Plague in India, 1896, 1897 - Volume 2
Year: 1896
Disease focus: Plague
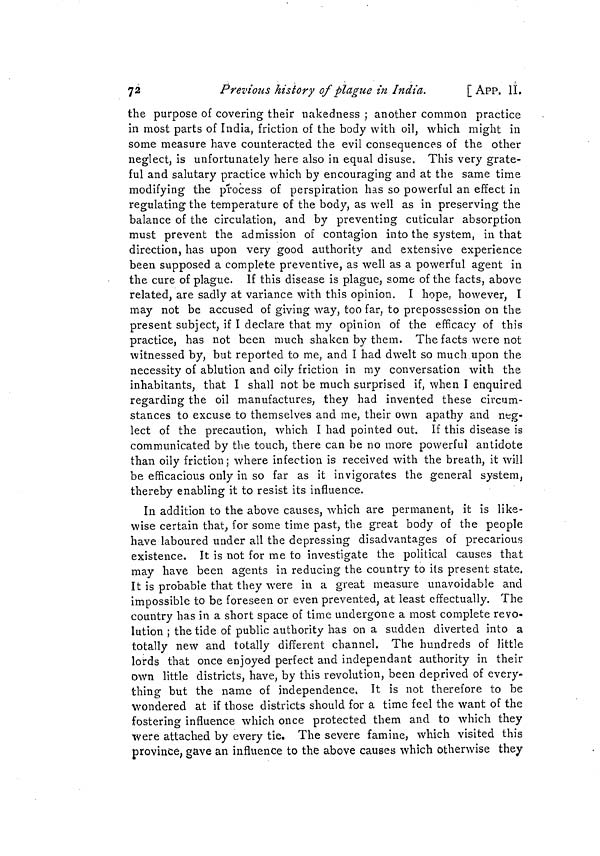
72
Previous history of plague in India.
[ APP. II
the purpose of covering their nakedness ; another common practice
in most parts of India, friction of the body with oil, which might in
some measure have counteracted the evil consequences of the other
neglect, is unfortunately here also in equal disuse. This very grate-
ful and salutary practice which by encouraging and at the same time
modifying the process of perspiration has so powerful an effect in
regulating the temperature of the body, as well as in preserving the
balance of the circulation, and by preventing cuticular absorption
must prevent the admission of contagion into the system, in that
direction, has upon very good authority and extensive experience
been supposed a complete preventive, as well as a powerful agent in
the cure of plague. If this disease is plague, some of the facts, above
related, are sadly at variance with this opinion. I hope, however, I
may not be accused of giving way, too far, to prepossession on the
present subject, if I declare that my opinion of the efficacy of this
practice, has not been much shaken by them. The facts were not
witnessed by, but reported to me, and I had dwelt so much upon the
necessity of ablution and oily friction in my conversation with the
inhabitants, that I shall not be much surprised if, when I enquired
regarding the oil manufactures, they had invented these circum-
stances to excuse to themselves and me, their own apathy and neg-
lect of the precaution, which I had pointed out. If this disease is
communicated by the touch, there can be no more powerful antidote
than oily friction; where infection is received with the breath, it will
be efficacious only in so far as it invigorates the general system,
thereby enabling it to resist its influence.
In addition to the above causes, which are permanent, it is like-
wise certain that, for some time past, the great body of the people
have laboured under all the depressing disadvantages of precarious
existence. It is not for me to investigate the political causes that
may have been agents in reducing the country to its present state.
It is probable that they were in a great measure unavoidable and
impossible to be foreseen or even prevented, at least effectually. The
country has in a short space of time undergone a most complete revo-
lution ; the tide of public authority has on a sudden diverted into a
totally new and totally different channel. The hundreds of little
lords that once enjoyed perfect and indépendant authority in their
own little districts, have, by this revolution, been deprived of every-
thing but the name of independence, It is not therefore to be
wondered at if those districts should for a time feel the want of the
fostering influence which once protected them and to which they
were attached by every tie. The severe famine, which visited this
province, gave an influence to the above causes which otherwise they